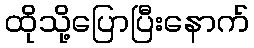
ထိုသို့ပြောပြီးနောက်